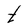
Character: t